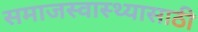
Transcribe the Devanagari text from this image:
समाजस्वास्थ्यासाठी